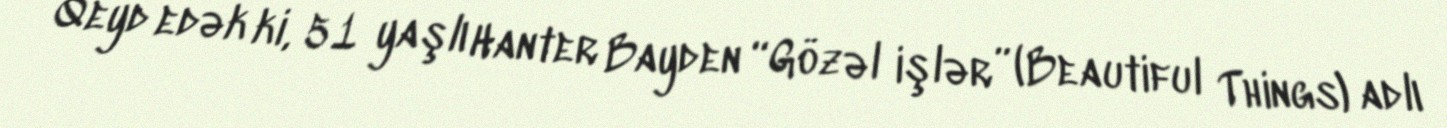
Qeyd edək ki, 51 yaşlı Hanter Bayden “Gözəl işlər” (Beautiful Things) adlı